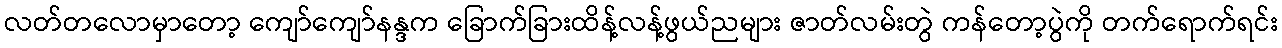
လတ်တလောမှာတော့ ကျော်ကျော်နန္ဒက ခြောက်ခြားထိန့်လန့်ဖွယ်ညများ ဇာတ်လမ်းတွဲ ကန်တော့ပွဲကို တက်ရောက်ရင်း